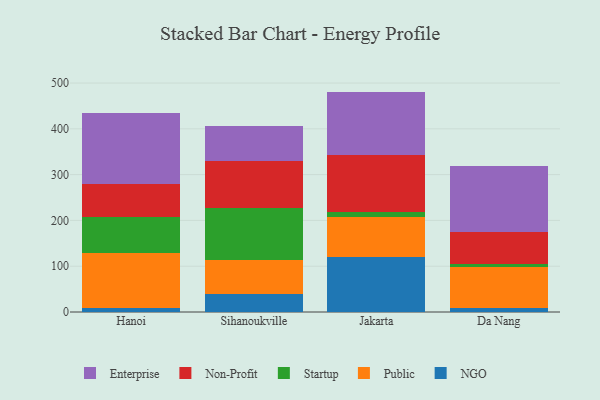
{"axis": {"x": "City", "y": "Inventory Turnover"}, "legend": ["Enterprise", "NGO", "Non-Profit", "Public", "Startup"], "data": [{"x": "Hanoi", "y": 8.7, "type": "NGO"}, {"x": "Hanoi", "y": 119.2, "type": "Public"}, {"x": "Hanoi", "y": 80.0, "type": "Startup"}, {"x": "Hanoi", "y": 72.1, "type": "Non-Profit"}, {"x": "Hanoi", "y": 154.5, "type": "Enterprise"}, {"x": "Sihanoukville", "y": 39.1, "type": "NGO"}, {"x": "Sihanoukville", "y": 73.4, "type": "Public"}, {"x": "Sihanoukville", "y": 114.5, "type": "Startup"}, {"x": "Sihanoukville", "y": 102.1, "type": "Non-Profit"}, {"x": "Sihanoukville", "y": 76.1, "type": "Enterprise"}, {"x": "Jakarta", "y": 119.1, "type": "NGO"}, {"x": "Jakarta", "y": 87.4, "type": "Public"}, {"x": "Jakarta", "y": 11.3, "type": "Startup"}, {"x": "Jakarta", "y": 126.1, "type": "Non-Profit"}, {"x": "Jakarta", "y": 137.4, "type": "Enterprise"}, {"x": "Da Nang", "y": 8.9, "type": "NGO"}, {"x": "Da Nang", "y": 88.3, "type": "Public"}, {"x": "Da Nang", "y": 8.3, "type": "Startup"}, {"x": "Da Nang", "y": 69.8, "type": "Non-Profit"}, {"x": "Da Nang", "y": 143.5, "type": "Enterprise"}]}